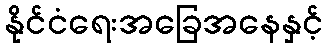
နိုင်ငံရေးအခြေအနေနှင့်